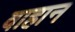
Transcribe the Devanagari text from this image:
वाहान